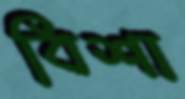
বিশা